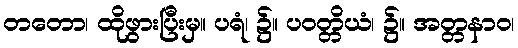
တတော၊ ထိုဖွားပြီးမှ။ ပရံ၊ ၌။ ပဝတ္တိယံ၊ ၌။ အတ္တနာဝ၊